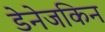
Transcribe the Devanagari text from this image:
डेनेजकिन